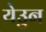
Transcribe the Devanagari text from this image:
येउुन